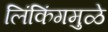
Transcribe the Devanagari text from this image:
लिंकिंगमुळे